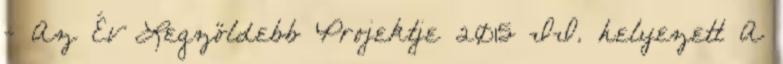
- Az Év Legzöldebb Projektje 2015 II. helyezett A